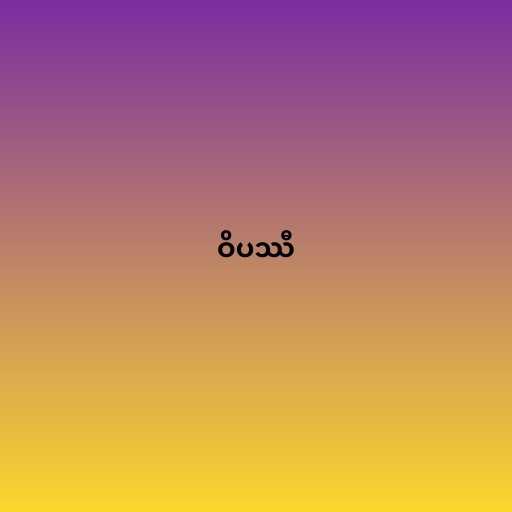
ဝိပဿီ